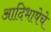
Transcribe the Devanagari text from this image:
आदिभाषेचे